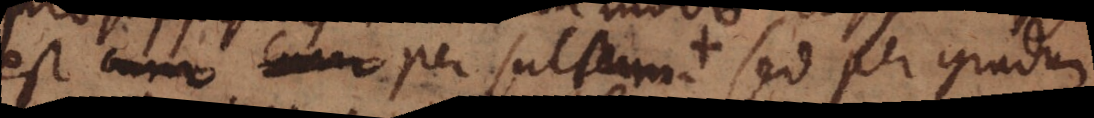
est cum cum per saltum + sed per gradum